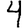
Digit: 4